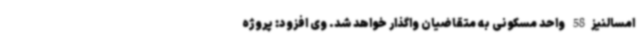
امسالنیز58 واحد مسکونی به متقاضیان واگذار خواهد شد. وی افزود: پروژه